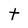
Character: t